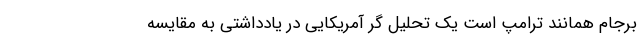
برجام همانند ترامپ است یک تحلیل گر آمریکایی در یادداشتی به مقایسه